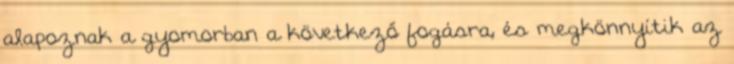
alapoznak a gyomorban a következő fogásra, és megkönnyítik az